Indian journal of veterinary science and animal husbandry - Volume 5,
Year: 1935
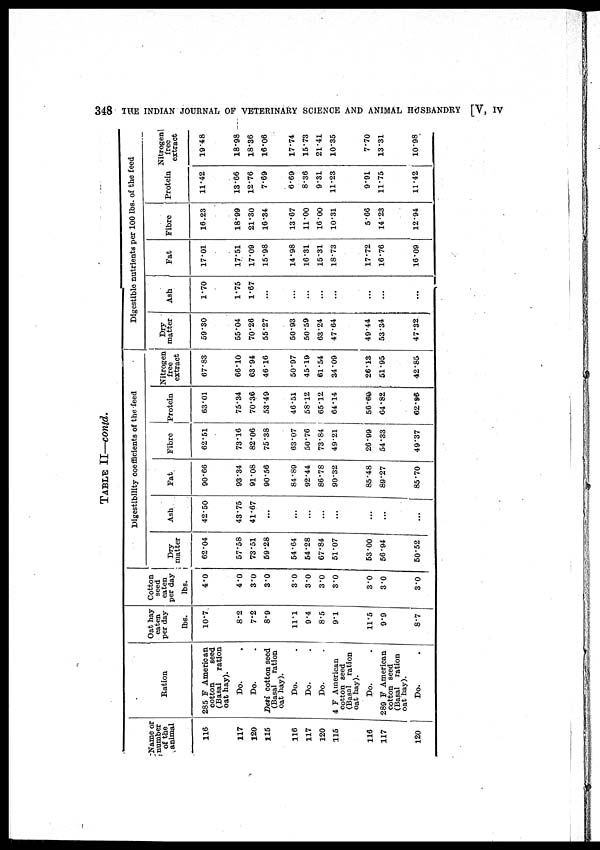
348
THE INDIAN JOURNAL OF VETERINARY SCIENCE AND ANIMAL HUSBANDRY [V, IV
TABLE II—contd.
Name or
number
of the
animal
116
117
120
115
116
117
120
115
116
117
120
Ration
285 F American
cotton
seed
(Basal
ration
oat hay).
Do. .
Do. .
Desi cotton seed
(Basal
ration
oat hay).
Do. .
Do. .
Do. .
4 F American
cotton seed
(Basal ration
oat hay).
Do. .
289 F American
cotton seed
(Basal ration
oat hay).
Do. .
Oat hay
eaten
per day
lbs.
10.7
8.2
7.2
8.9
11.1
9.4
8.5
9.1
11.5
9.9
8.7
Cotton
seed
eaten
per day
lbs.
4.0
4.0
3.0
3.0
3.0
3.0
3.0
3.0
3.0
3.0
3.0
Digestibility coefficients of the feed
Dry
matter
62.04
57.58
73.51
59.28
54.64
54.28
67.84
51.07
53.00
56.94
50.52
Ash
42.50
43.75
41.67
...
...
...
...
...
Fat
90.66
93.34
91.08
90.56
84.89
92.44
86.78
90.32
85.48
...
89.27
85.70
Fibre
62.51
73.16
82.06
75.38
63.07
50.76
73.84
49.21
26.99
54.33
49.37
Protein
63.01
75.34
70.36
53.49
46.51
58.12
65.12
64.14
56.60
64.82
62..96
Nitrogen
free
extract
67.83
66.10
63.94
46.16
50.97
45.19
61.54
34.09
26.13
51.95
42.85
Digestible nutrients per 100 lbs. of the feed
Dry
matter
59.30
55.04
70.26
55.27
50.93
50.59
63.24
47.64
49.44
53.34
47.32
Ash
1.70
1.75
1.67
...
...
...
...
...
...
...
...
Fat
17.01
17.51
17.09
15.98
14.98
16.31
15.31
18.73
17.72
16.76
16.09
Fibre
16.23
18.99
21.30
16.34
13.67
11.00
16.00
10.31
5.66
14.23
12.94
Protein
11.42
13.66
12.76
7.69
6.69
8.36
9.31
11.23
9.91
11.75
11.42
Nitrogen
free
extract
19.48
18.98
18.36
16.06
17.74
15.73
21.41
10.35
7.70
13.31
10.98